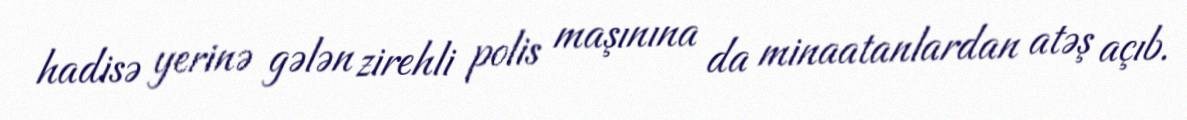
hadisə yerinə gələn zirehli polis maşınına da minaatanlardan atəş açıb.